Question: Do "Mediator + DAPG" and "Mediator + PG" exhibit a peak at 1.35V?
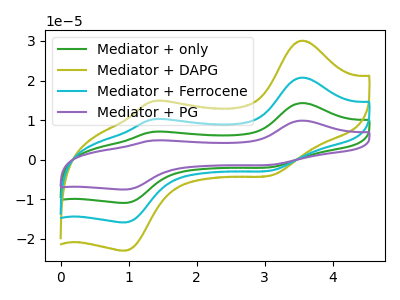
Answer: <think>The green curve "Mediator + only" has anodic peaks at (3.55V, 41.50uA) (1.35V, 20.40uA) and cathodic peaks at (3.10V, -5.55uA) (0.95V, -31.75uA). The olive curve "Mediator + DAPG" has anodic peaks at (3.55V, 30.10uA) (1.35V, 14.75uA) and cathodic peaks at (3.10V, -4.00uA) (0.95V, -23.00uA). The cyan curve "Mediator + Ferrocene" has anodic peaks at (3.55V, 20.75uA) (1.35V, 10.20uA) and cathodic peaks at (3.10V, -2.75uA) (0.95V, -15.85uA). The purple curve "Mediator + PG" has anodic peaks at (3.55V, 62.25uA) (1.35V, 30.55uA) and cathodic peaks at (3.10V, -8.30uA) (0.95V, -47.60uA).</think>
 <answer>Yes, "Mediator + DAPG" and "Mediator + PG" share a peak at 1.35V.</answer>
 <eval>match</eval>